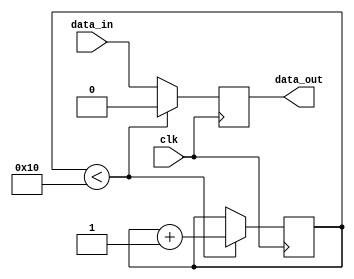
module latch_delay (
    input wire data_in,
    input wire clk,
    output reg data_out
);

reg [15:0] count;

always @(posedge clk) begin
    if (count < 16) begin
        count <= count + 1;
        data_out <= 0;
    end else begin
        data_out <= data_in;
    end
end

endmodule